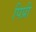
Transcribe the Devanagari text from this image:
पिप्री